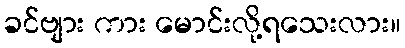
ခင်ဗျား ကား မောင်းလို့ရသေးလား။